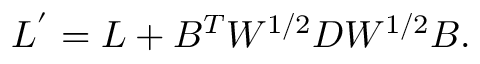
L ^ { ' } = L + B ^ { T } W ^ { 1 / 2 } D W ^ { 1 / 2 } B .